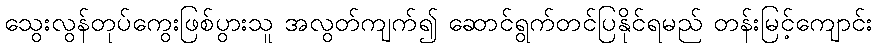
သွေးလွန်တုပ်ကွေးဖြစ်ပွားသူ အလွတ်ကျက်၍ ဆောင်ရွက်တင်ပြနိုင်ရမည် တန်းမြင့်ကျောင်း